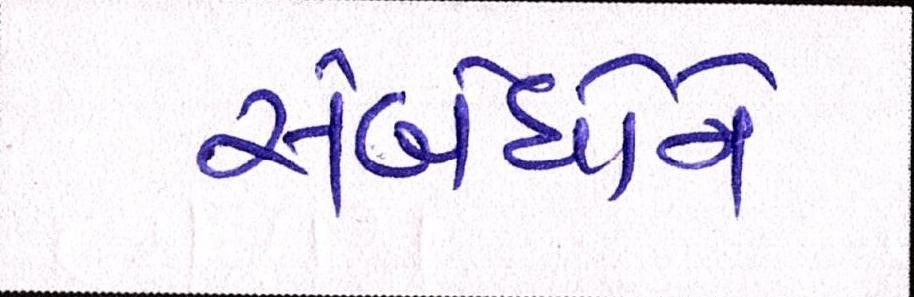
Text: સંબંધોને